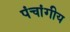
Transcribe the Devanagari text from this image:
पंचांगीय